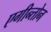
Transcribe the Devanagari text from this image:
एगीन्तोन